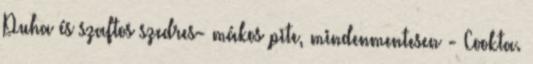
Puha és szaftos szedres- mákos pite, mindenmentesen - Cookta.